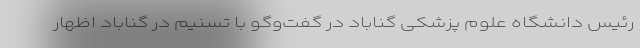
رئیس دانشگاه علوم پزشکی گناباد در گفت‌وگو با تسنیم در گناباد اظهار